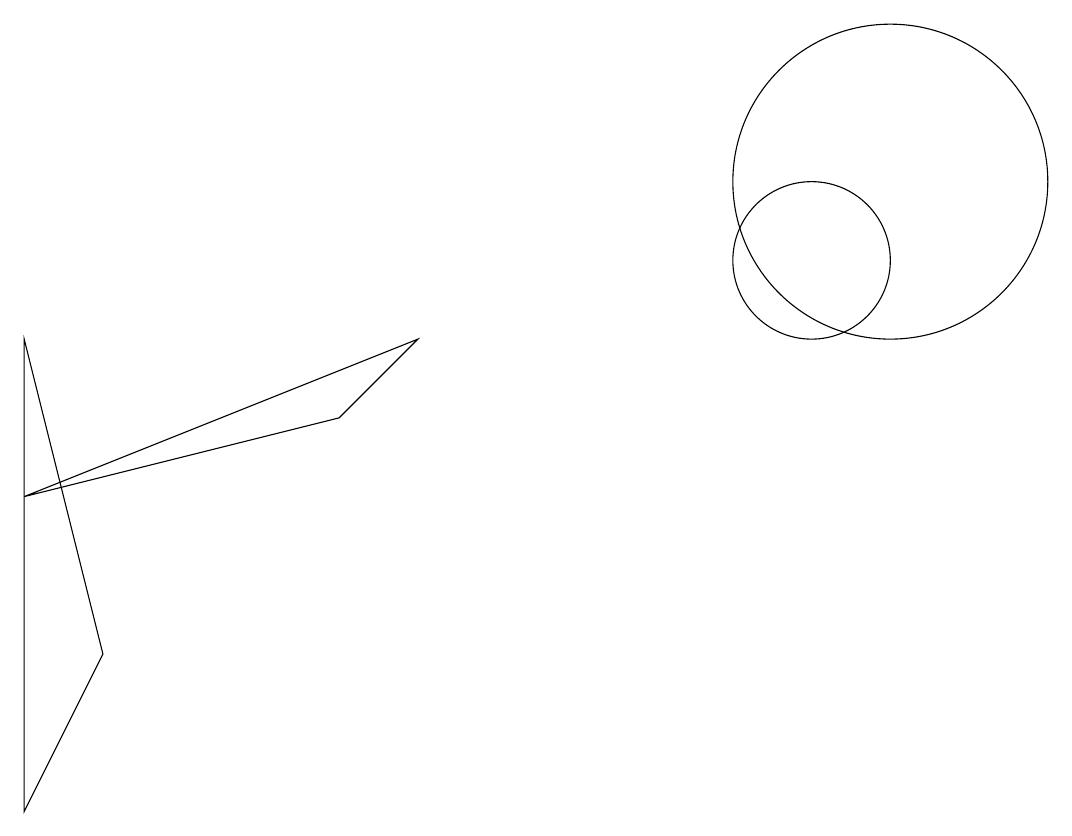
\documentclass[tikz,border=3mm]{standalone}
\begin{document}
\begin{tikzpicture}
\draw (11,10) circle (1);
\draw (1,7) -- (5,8) -- (6,9) -- cycle;
\draw (12,11) circle (2);
\draw (2,5) -- (1,9) -- (1,3) -- cycle;
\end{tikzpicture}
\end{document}